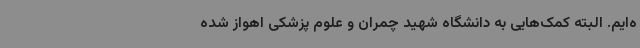
ه‌ایم. البته کمک‌هایی به دانشگاه شهید چمران و علوم پزشکی اهواز شده